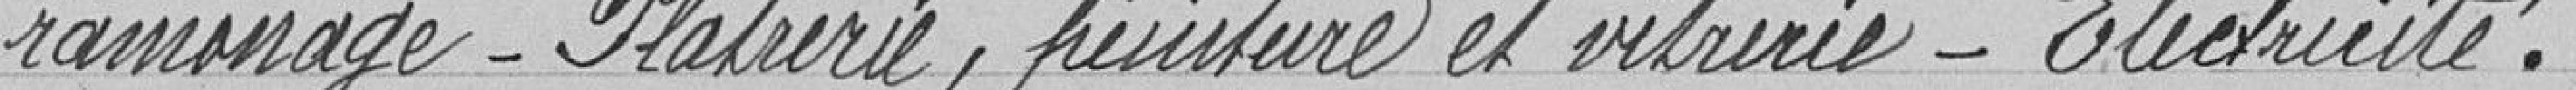
ramonage - Plâtrerie, peinture et vitrerie - Électricité